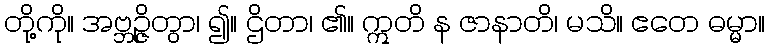
တို့ကို။ အဗ္ဘဉ္ဇိတွာ၊ ၍။ ဌိတာ၊ ၏။ ဣတိ န ဇာနာတိ၊ မသိ။ ဧတေ ဓမ္မာ။